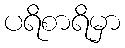
ပရိစာရိမှာ